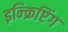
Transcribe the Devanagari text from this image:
इन्क्रिप्टिंग